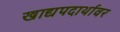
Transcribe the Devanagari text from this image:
खाद्यपदार्थावर